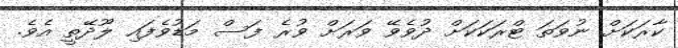
ކާރަކަށް ނުވަތަ ޓްރަކަކަށް ދުވެވޭ ވަރަށް ވުރެ ފަސް މަޑުވެފައި ލޫދޭތީ އެވެ.